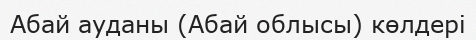
Абай ауданы (Абай облысы) көлдері